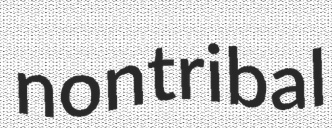
nontribal